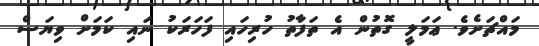
މައްޗަށެވެ. ޢަމަލީ ގޮތުން އެ ތަފާތު ހުރިހައި ފަހަރަކު ނައި ކަމަށް ވިޔަސް